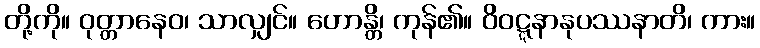
တို့ကို။ ဝုတ္တာနေဝ၊ သာလျှင်။ ဟောန္တိ၊ ကုန်၏။ ဝိဝဋ္ဋနာနုပဿနာတိ၊ ကား။